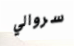
سروالي